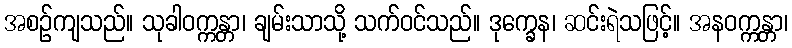
အစဉ်ကျသည်။ သုခါဝက္ကန္တာ၊ ချမ်းသာသို့ သက်ဝင်သည်။ ဒုက္ခေန၊ ဆင်းရဲသဖြင့်။ အနဝက္ကန္တာ၊